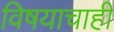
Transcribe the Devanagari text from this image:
विषयाचाही